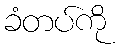
ခံတပ်ကို